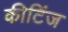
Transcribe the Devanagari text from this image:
कीटिंज